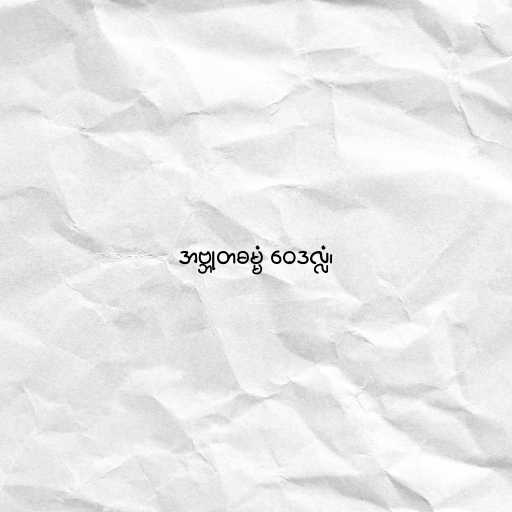
အဗ္ဘုတဓမ္မံ ဝေဒလ္လံ၊